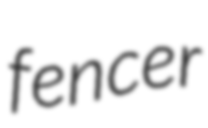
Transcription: fencer